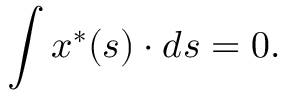
\int x ^ { \ast } ( s ) \cdot d s = 0 .